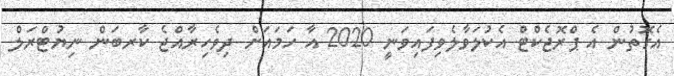
އެގޮތުން އެ ޕްރޮޖެކްޓް އެކުލަވާލެވިފައިވަނީ 2020 އާ ހަމައަށް ދިވެހިރާއްޖެ ކާރބަން ނިޔުޓްރަލް